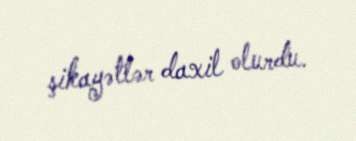
şikayətlər daxil olurdu.